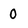
Character: 0